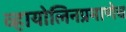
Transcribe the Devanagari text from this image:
व्हायोलिनप्रमाणेच